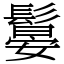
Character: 䰋